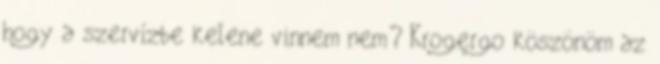
hogy a szervízbe kelene vinnem nem? Krogergo köszönöm az